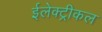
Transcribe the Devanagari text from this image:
ईलेक्ट्रीकल